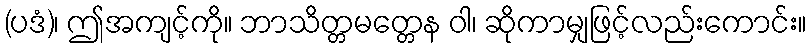
(ပဒံ)၊ ဤအကျင့်ကို။ ဘာသိတ္တမတ္တေန ဝါ၊ ဆိုကာမျှဖြင့်လည်းကောင်း။